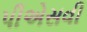
પીએસવી